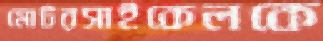
মোটরসাইকেলকে